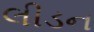
લીડન